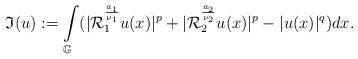
LaTeX: \begin{align*}\mathfrak{I}(u):=\int\limits_{\mathbb{G}}(|\mathcal{R}_{1}^{\frac{a_{1}}{\nu_{1}}}u(x)|^{p}+|\mathcal{R}_{2}^{\frac{a_{2}}{\nu_{2}}}u(x)|^{p}-|u(x)|^{q})dx.\end{align*}